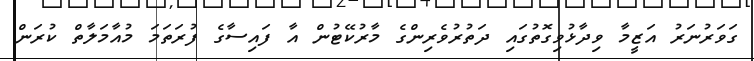
ގަވަރުނަރު އަޒީމާ ވިދާޅުވިގޮތުގައި ދަތުރުވެރިންގެ މާރުކޭޓުން އާ ފައިސާގެ ފުރަތަމަ މުއާމަލާތް ކުރަން